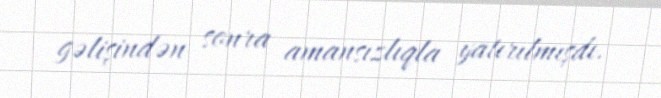
gəlişindən sonra amansızlıqla yatırılmışdı.